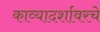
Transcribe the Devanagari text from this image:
काव्यादर्शावरचे